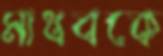
মাধবকে